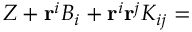
Z + \mathbf { r } ^ { i } B _ { i } + \mathbf { r } ^ { i } \mathbf { r } ^ { j } K _ { i j } =